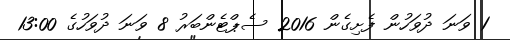
1 ވަނަ ދުވަހުން ފެށިގެން 2016 ސެޕްޓެންބަރު 8 ވަނަ ދުވަހުގެ 13:00